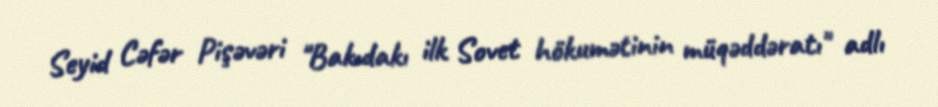
Seyid Cəfər Pişəvəri "Bakıdakı ilk Sovet hökumətinin müqəddəratı" adlı